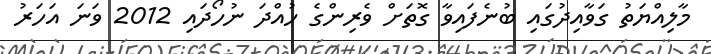
މާލިއްޔަތު ގަވާއިދުގައި ބުނެފައިވާ ގޮތަށް ވެރިންގެ ހުއްދަ ނުހޯދައި 2012 ވަނަ އަހަރު